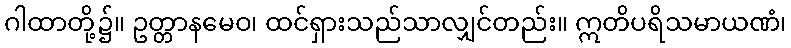
ဂါထာတို့၌။ ဥတ္တာနမေဝ၊ ထင်ရှားသည်သာလျှင်တည်း။ ဣတိပရိသမာယဏံ၊